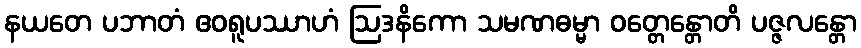
နယတေ ပဘာတံ ဧဝရူပဿာဟံ ဩဒနိကော သမဏဓမ္မာ ဝတ္တေန္တောတိ ပဇ္ဇလန္တော